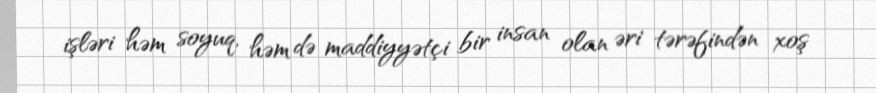
işləri həm soyuq, həm də maddiyyətçi bir insan olan əri tərəfindən xoş